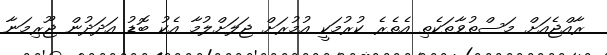
ރާއްޖެއަށް މަސްތުވާތަކެތި އެތެރެ ކުރުމަކީ އުމުރަށް ޖަލަށްލުމާ އެކު ބޮޑު އަދަދުން ޖޫރިމަނާ